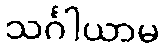
သင်္ဂါယာမ